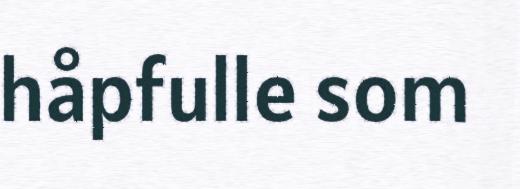
håpfulle som